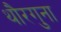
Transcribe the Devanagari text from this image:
थौरगुना